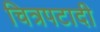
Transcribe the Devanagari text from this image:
चित्रपटादी